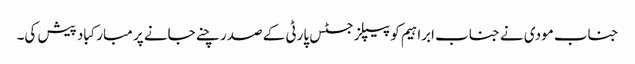
جناب مودی نے جناب ابراہیم کو پیپلز جسٹس پارٹی کے صدر چنے جانے پر مبارکباد پیش کی۔